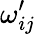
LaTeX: \omega_{ij}^{\prime}